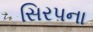
સિરપના